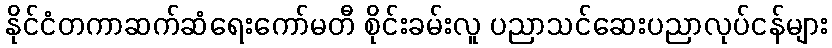
နိုင်ငံတကာဆက်ဆံရေးကော်မတီ စိုင်းခမ်းလူ ပညာသင်ဆေးပညာလုပ်ငန်များ